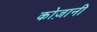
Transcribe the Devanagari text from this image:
कोज़ानी